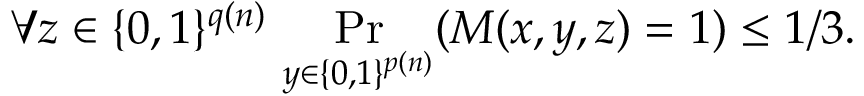
\forall z \in \{ 0 , 1 \} ^ { q ( n ) } \, \Pr _ { y \in \{ 0 , 1 \} ^ { p ( n ) } } ( M ( x , y , z ) = 1 ) \leq 1 / 3 .